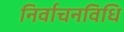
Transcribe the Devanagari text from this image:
निर्वाचनविधि